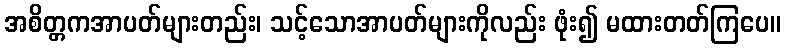
အစိတ္တကအာပတ်များတည်း၊ သင့်သောအာပတ်များကိုလည်း ဖုံး၍ မထားတတ်ကြပေ။